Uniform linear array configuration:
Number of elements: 24
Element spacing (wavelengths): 0.5
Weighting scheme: hann
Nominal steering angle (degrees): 60
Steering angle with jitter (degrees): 60.011
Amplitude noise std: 0.05
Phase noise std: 0.05

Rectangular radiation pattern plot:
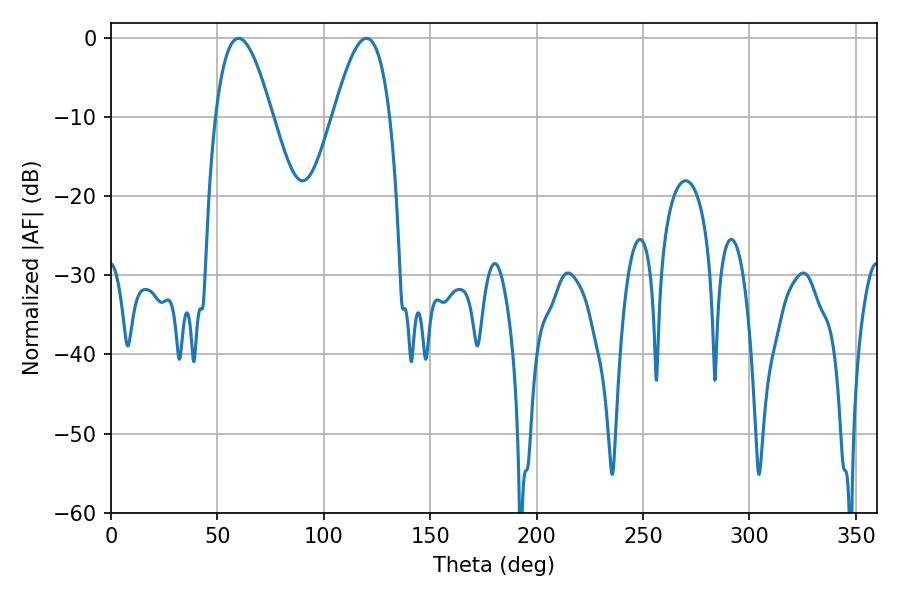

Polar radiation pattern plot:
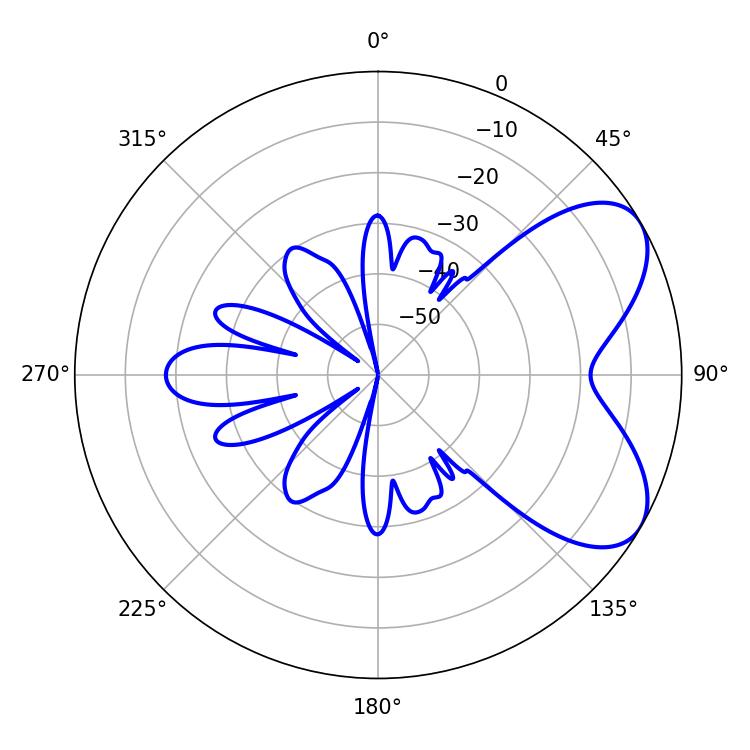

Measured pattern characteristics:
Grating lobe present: FALSE
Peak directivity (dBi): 6.186
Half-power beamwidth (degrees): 14.58
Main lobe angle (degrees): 59.94